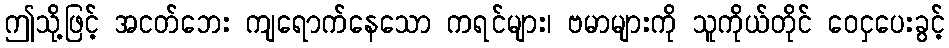
ဤသို့ဖြင့် အငတ်ဘေး ကျရောက်နေသော ကရင်များ၊ ဗမာများကို သူကိုယ်တိုင် ဝေငှပေးခွင့်